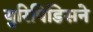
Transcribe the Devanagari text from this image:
युरिपिडिसने